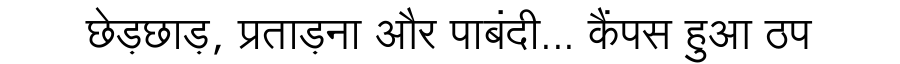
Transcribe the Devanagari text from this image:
छेड़छाड़, प्रताड़ना और पाबंदी... कैंपस हुआ ठप